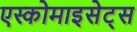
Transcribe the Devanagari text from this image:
एस्कोमाइसेट्स